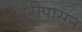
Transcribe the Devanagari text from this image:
मोहरीपासून